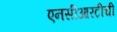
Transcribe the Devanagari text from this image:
एनसीआरटीची